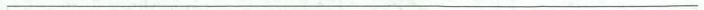
___